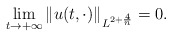
\begin{align*} \lim_{t\to +\infty} \|u(t,\cdot)\|_{L^{2+\frac4n}}=0. \end{align*}